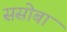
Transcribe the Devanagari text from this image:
ससोबा